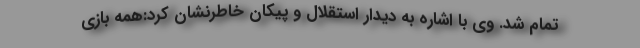
تمام شد. وی با اشاره به دیدار استقلال و پیکان خاطرنشان کرد:همه بازی